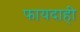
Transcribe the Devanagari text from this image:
फायदाही